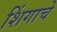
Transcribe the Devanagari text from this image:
शिंगाचे